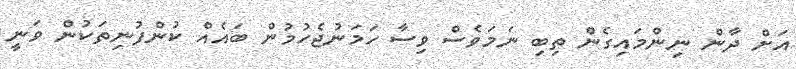
އަށް ދާން ނިންމައިގެން ތިބި ނަމަވެސް ވިސާ ހަމަނުޖެހުމުން ބައެއް ކުންފުނިތަކުން ވަނީ